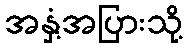
အနှံ့အပြားသို့